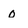
Character: o